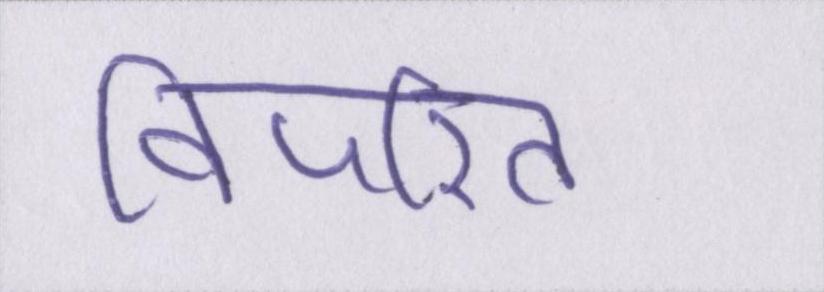
विपरित